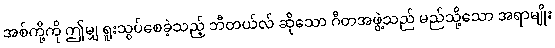
အစ်ကို့ကို ဤမျှ ရူးသွပ်စေခဲ့သည့် ဘီတယ်လ် ဆိုသော ဂီတအဖွဲ့သည် မည်သို့သော အရာမျိုး